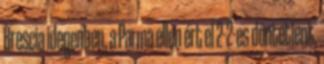
Brescia idegenben, a Parma ellen ért el 2-2-es döntetlent,